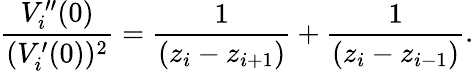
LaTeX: \frac{V_{i}^{\prime\prime}(0)}{(V_{i}^{\prime}(0))^{2}}=\frac{1}{\left(z_{i}-z_{i+1}\right)}+\frac{1}{\left(z_{i}-z_{i-1}\right)}.